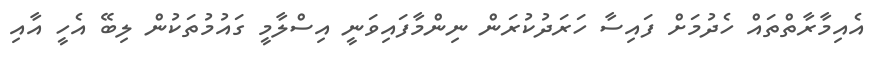
އެއިމާރާތްތައް ހެދުމަށް ފައިސާ ހަރަދުކުރަން ނިންމާފައިވަނީ އިސްލާމީ ގައުމުތަކުން ލިބޭ އެހީ އާއި